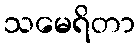
သမေရိတာ